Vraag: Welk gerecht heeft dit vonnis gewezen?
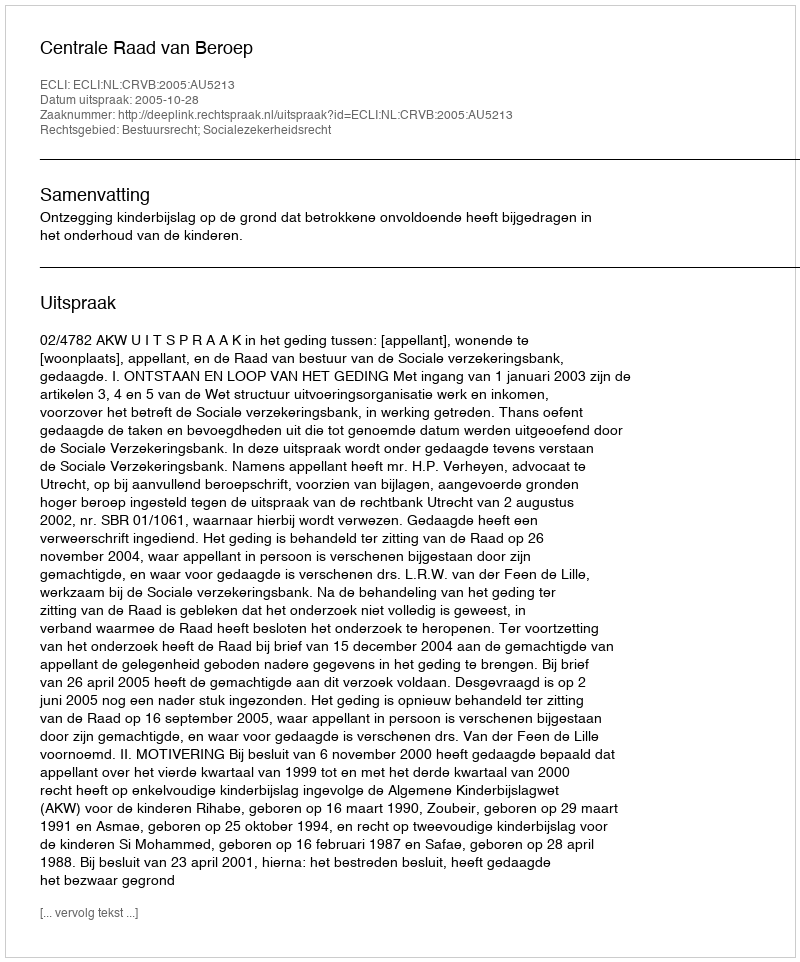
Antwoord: Centrale Raad van Beroep